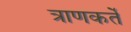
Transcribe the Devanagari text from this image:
त्राणकर्ते